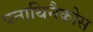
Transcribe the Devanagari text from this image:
पनाथिनैकोस